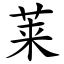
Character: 莱